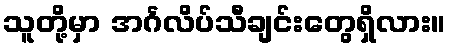
သူတို့မှာ အင်္ဂလိပ်သီချင်းတွေရှိလား။